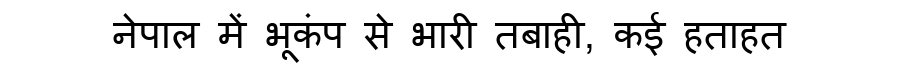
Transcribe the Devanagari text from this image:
नेपाल में भूकंप से भारी तबाही, कई हताहत